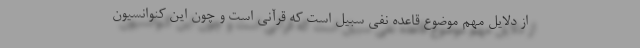
از دلایل مهم موضوع قاعده نفی سبیل است که قرآنی است و چون این کنوانسیون